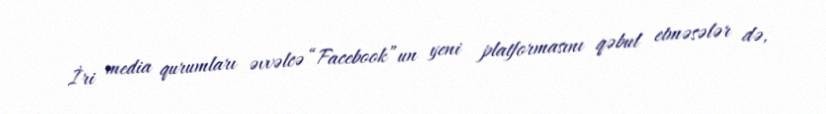
İri media qurumları əvvəlcə “Facebook”un yeni platformasını qəbul etməsələr də,